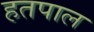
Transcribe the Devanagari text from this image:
हतपाल